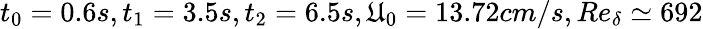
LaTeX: t_{0}=0.6s,t_{1}=3.5s,t_{2}=6.5s,\mathfrak{U}_{0}=13.72cm/s,Re_{\delta}\simeq692